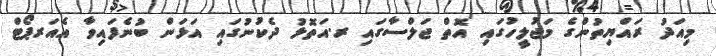
މިއަދު ރައްޔިތުންގެ މަޖުލީހުގައި އޮތް ޖަލްސާގައި ރ.އަތޮޅު ދެކުނުގައި އަޅަން ބުނެފައިވާ އެއަރޕޯޓް